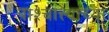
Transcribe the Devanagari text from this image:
पाश्चात्त्याच्या